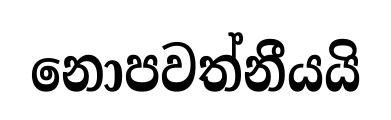
නොපවත්නීයයි